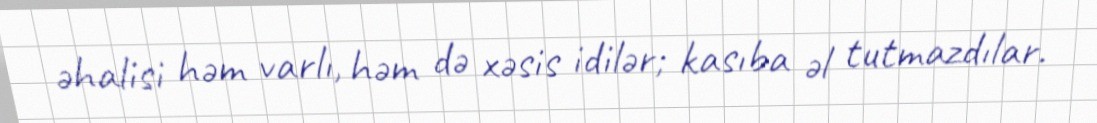
əhalisi həm varlı, həm də xəsis idilər; kasıba əl tutmazdılar.